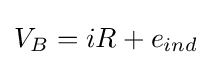
{V}_{B}=iR+{e}_{ind}